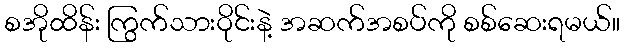
စအိုထိန်း ကြွက်သားဝိုင်းနဲ့ အဆက်အစပ်ကို စစ်ဆေးရမယ်။